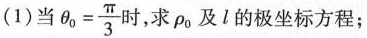
(1)当 $$\theta_{0}= \frac{\pi}{3}$$ 时，求\rho_{0}及l的极坐标方程；